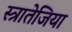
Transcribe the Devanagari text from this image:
स्त्रातेजिया